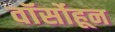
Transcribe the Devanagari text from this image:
वॉर्सोहून